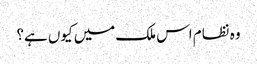
وہ نظام اس ملک میں کیوں ہے؟